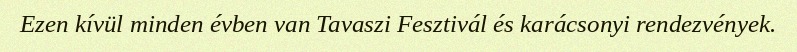
Ezen kívül minden évben van Tavaszi Fesztivál és karácsonyi rendezvények.